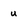
Character: u